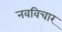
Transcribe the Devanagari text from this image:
नवविचार